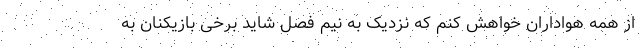
از همه هواداران خواهش کنم که نزدیک به نیم فصل شاید برخی بازیکنان به